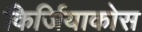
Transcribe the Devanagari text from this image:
किर्जियाकोस